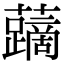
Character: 𧃐